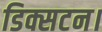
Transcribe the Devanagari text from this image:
डिक्सटन।